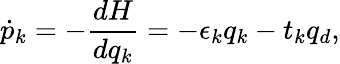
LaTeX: \dot{p}_{k}=-\frac{dH}{dq_{k}}=-\epsilon_{k}q_{k}-t_{k}q_{d},